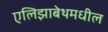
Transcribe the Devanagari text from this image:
एलिझाबेथमधील